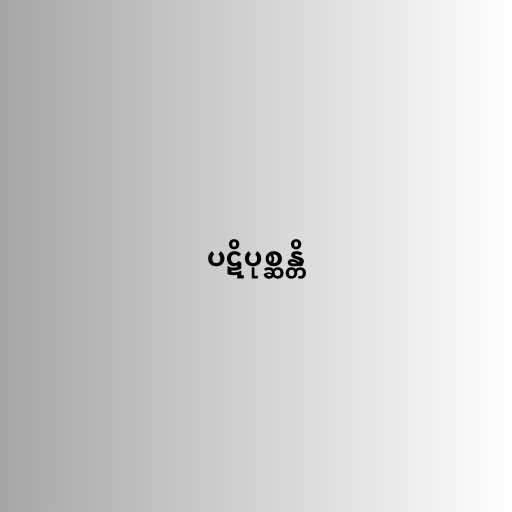
ပဋိပုစ္ဆန္တိ